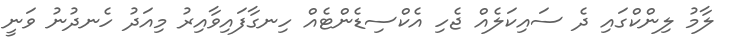
ލާމު ލިންކްގައި ދެ ސައިކަލެއް ޖެހި އެކްސިޑެންޓެއް ހިނގާފައިވާއިރު މިއަދު ހެނދުނު ވަނީ